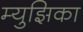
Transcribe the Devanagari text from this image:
म्युझिका